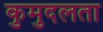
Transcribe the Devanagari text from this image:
कुमुदलता